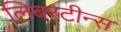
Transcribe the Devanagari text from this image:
लिबरटीन्स